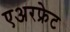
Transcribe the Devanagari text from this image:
एअरफ्रेट